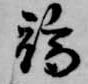
端